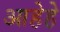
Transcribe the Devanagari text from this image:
आहेहे